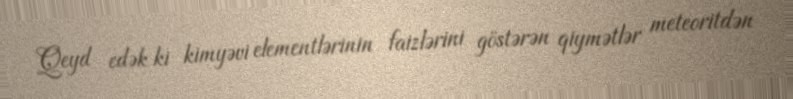
Qeyd edək ki kimyəvi elementlərinin faizlərini göstərən qiymətlər meteoritdən